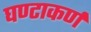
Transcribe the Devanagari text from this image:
घण्टाकर्ण